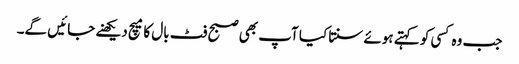
جب وہ کسی کو کہتے ہوئے سنتا کیا آپ بھی صبح فٹ بال کا میچ دیکھنے جائیں گے۔